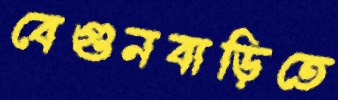
বেগুনবাড়িতে